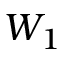
W _ { 1 }